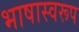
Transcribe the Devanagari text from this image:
भाषास्वरूप